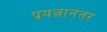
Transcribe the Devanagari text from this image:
प्रयत्नानंतर